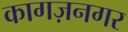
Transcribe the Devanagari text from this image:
कागज़नगर